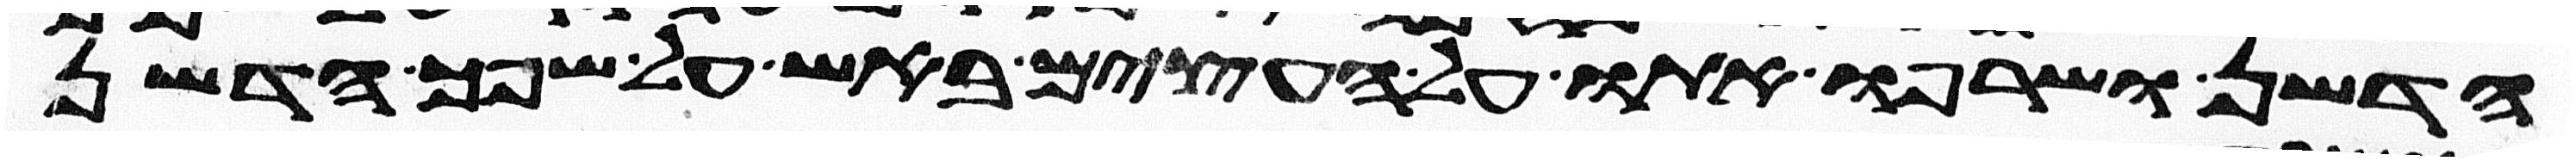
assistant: הדשן ושרפו אתו על העצים באש על שפך הדשן